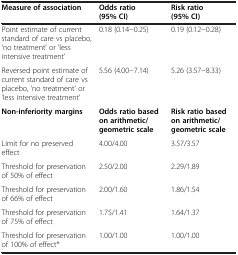
<table><thead><tr><td><b>Measure of association</b></td><td><b>Odds ratio (95% CI)</b></td><td><b>Risk ratio (95% CI)</b></td></tr></thead><tbody><tr><td>Point estimate of current standard of care vs placebo, ‘no treatment’ or ‘less intensive treatment’</td><td>0.18 (0.14−0.25)</td><td>0.19 (0.12−0.28)</td></tr><tr><td>Reversed point estimate of current standard of care vs placebo, ‘no treatment’ or ‘less intensive treatment’</td><td>5.56 (4.00−7.14)</td><td>5.26 (3.57−8.33)</td></tr><tr><td><b>Non-inferiority margins</b></td><td><b>Odds ratio based on arithmetic/geometric scale</b></td><td><b>Risk ratio based on arithmetic/geometric scale</b></td></tr><tr><td>Limit for no preserved effect</td><td>4.00/4.00</td><td>3.57/3.57</td></tr><tr><td>Threshold for preservation of 50% of effect</td><td>2.50/2.00</td><td>2.29/1.89</td></tr><tr><td>Threshold for preservation of 66% of effect</td><td>2.00/1.60</td><td>1.86/1.54</td></tr><tr><td>Threshold for preservation of 75% of effect</td><td>1.75/1.41</td><td>1.64/1.37</td></tr><tr><td>Threshold for preservation of 100% of effect*</td><td>1.00/1.00</td><td>1.00/1.00</td></tr></tbody></table>